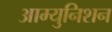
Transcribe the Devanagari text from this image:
आम्युनिशन